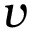
\boldsymbol { v }